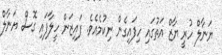
ޔަނާލް ހުރީ ޔާޒް އަތުގައި ހިފައިގެން ނިކުމެއެވެ. ފައިޒަން ހީލާފައި ގޮސް ޔަނާލް